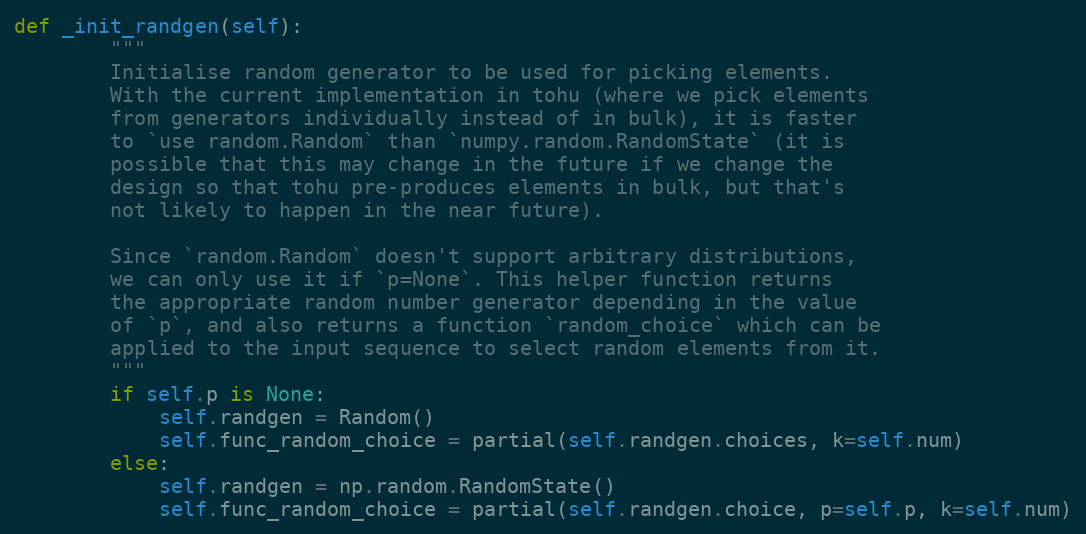
Language: Python
def _init_randgen(self):
        """
        Initialise random generator to be used for picking elements.
        With the current implementation in tohu (where we pick elements
        from generators individually instead of in bulk), it is faster
        to `use random.Random` than `numpy.random.RandomState` (it is
        possible that this may change in the future if we change the
        design so that tohu pre-produces elements in bulk, but that's
        not likely to happen in the near future).

        Since `random.Random` doesn't support arbitrary distributions,
        we can only use it if `p=None`. This helper function returns
        the appropriate random number generator depending in the value
        of `p`, and also returns a function `random_choice` which can be
        applied to the input sequence to select random elements from it.
        """
        if self.p is None:
            self.randgen = Random()
            self.func_random_choice = partial(self.randgen.choices, k=self.num)
        else:
            self.randgen = np.random.RandomState()
            self.func_random_choice = partial(self.randgen.choice, p=self.p, k=self.num)